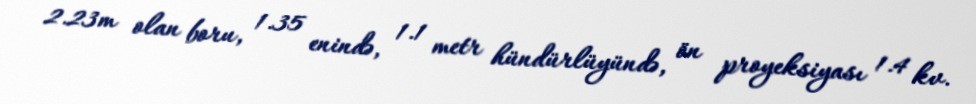
2.23m olan boru, 1.35 enində, 1.1 metr hündürlüyündə, ön proyeksiyası 1.4 kv.